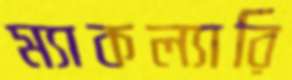
ম্যাকল্যারি